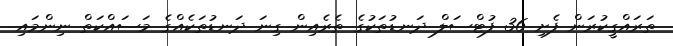
ތަރައްގީކުރަން ފެށި 36 ފުޓްސަލް ދަނޑުތަކުގެ ތެރެއިން ގިނަ ދަނޑުތަކެއްގެ މަސައްކަތް ނިންމައި